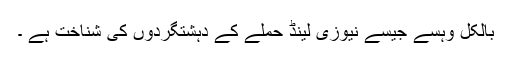
بالکل وہسے جیسے نیوزی لینڈ حملے کے دہشتگردوں کی شناخت ہے ۔